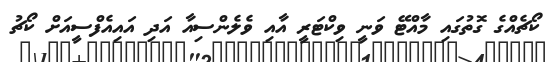
ކޯޗެއްގެ ގޮތުގައި މާއްޓޭ ވަނީ ވިކްޓަރީ އާއި ވެލެންސިއާ އަދި އައިއެފްސީއަށް ކޯޗު